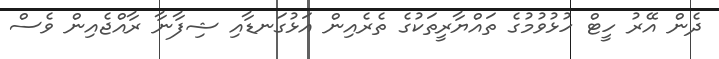
ދެން އޭރު ހީޓް ހުޅުވުމުގެ ތައްޔާރީތަކުގެ ތެރެއިން އަޅުގަނޑާއި ޝިފާނާ ރާއްޖެއިން ވެސް